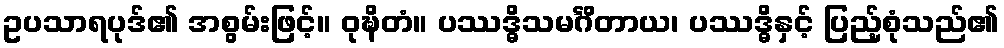
ဥပသာရပုဒ်၏ အစွမ်းဖြင့်။ ဝုဍ္ဎိတံ။ ပဿဒ္ဓိသမင်္ဂိတာယ၊ ပဿဒ္ဓိနှင့် ပြည့်စုံသည်၏